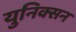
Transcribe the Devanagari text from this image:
युनिक्सन